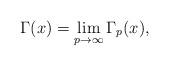
LaTeX: \begin{align*}\Gamma(x) =\lim_{p\rightarrow\infty}\Gamma_p(x),\end{align*}